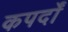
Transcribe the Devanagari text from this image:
कपर्दों